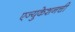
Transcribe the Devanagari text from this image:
एज्युकेशनची